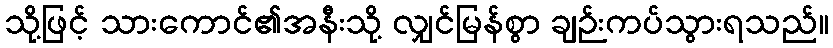
သို့ဖြင့် သားကောင်၏အနီးသို့ လျှင်မြန်စွာ ချဉ်းကပ်သွားရသည်။